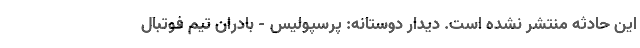
این حادثه منتشر نشده است. دیدار دوستانه: پرسپولیس - بادران تیم فوتبال